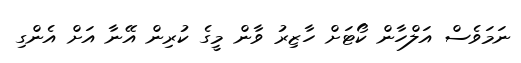
ނަމަވެސް އަލްހާން ކޯޓަށް ހާޒިރު ވާން މީގެ ކުރިން އޭނާ އަށް އެންގި